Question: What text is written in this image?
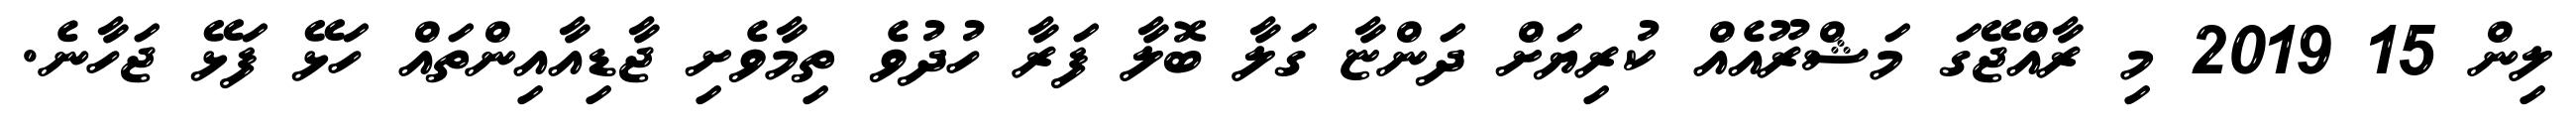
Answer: ލިން 15 2019 މި ރާއްޖޭގަ މަޝްރޫއެއް ކުރިޔަށް ދަންޏާ ގަލާ ބޮލާ ފަރާ ހުދުވެ ތިމާވެށި ޖާޑިއާއިންތައް ހަޅޭ ފަޅޭ ޖަހާނެ.